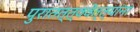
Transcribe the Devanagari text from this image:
पुरातत्त्ववेत्त्यांना